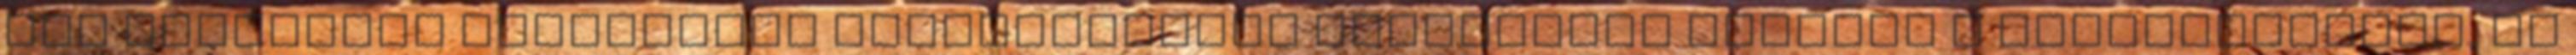
két szülészet halálozási arányszámának különbsége feltűnt a kormányzatnak, és